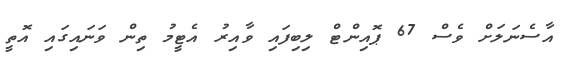
އާސެނަލަށް ވެސް 67 ޕޮއިންޓް ލިބިފައި ވާއިރު އެޓީމު ތިން ވަނަައިގައި އޮތީ